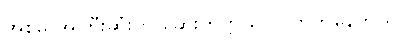
အစ်မ အကြီးဆုံးက ဆေးတက္ကသိုလ် တက်နေတယ်။